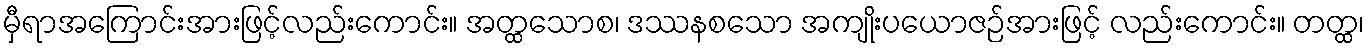
မှီရာအကြောင်းအားဖြင့်လည်းကောင်း။ အတ္ထသောစ၊ ဒဿနစသော အကျိုးပယောဇဉ်အားဖြင့် လည်းကောင်း။ တတ္ထ၊